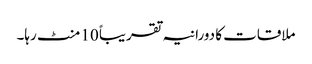
ملاقات کا دورانیہ تقریباً 10 منٹ رہا۔